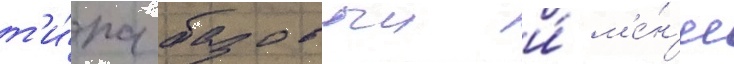
т'и́па базовыи и́ м'е́н'ее